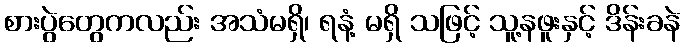
စားပွဲတွေကလည်း အသံမရှိ၊ ရနံ့ မရှိ သဖြင့် သူ့နဖူးနှင့် ဒိန်းခနဲ